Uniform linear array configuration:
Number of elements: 16
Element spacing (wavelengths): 0.5
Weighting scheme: exponential
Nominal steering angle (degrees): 15
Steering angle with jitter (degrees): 13.009
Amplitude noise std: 0.05
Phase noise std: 0.05

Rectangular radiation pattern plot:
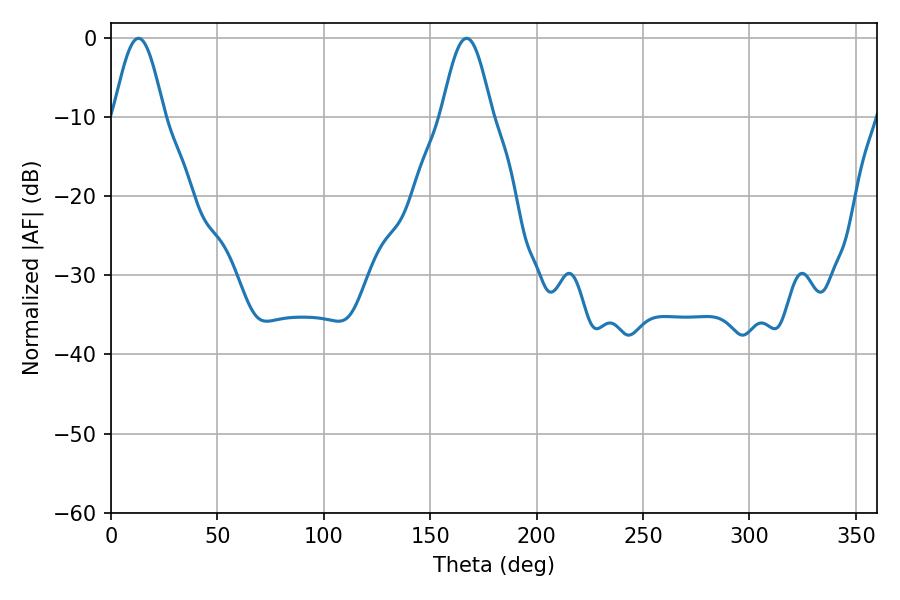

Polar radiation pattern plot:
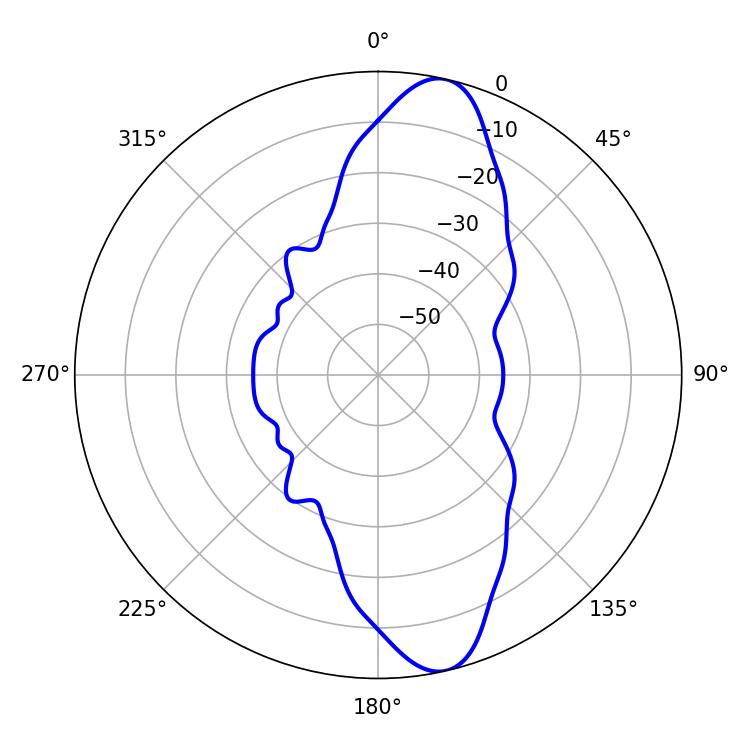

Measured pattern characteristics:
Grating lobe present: FALSE
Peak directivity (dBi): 12.357
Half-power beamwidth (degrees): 12.6
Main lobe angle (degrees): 12.96